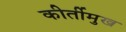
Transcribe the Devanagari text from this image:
कीर्तीमुख